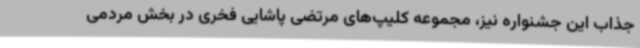
جذاب این جشنواره نیز، مجموعه کلیپ‌های مرتضی پاشایی فخری در بخش مردمی